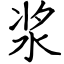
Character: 浆